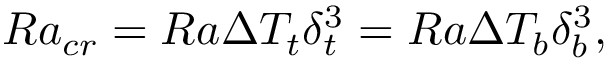
R a _ { c r } = R a \Delta T _ { t } \delta _ { t } ^ { 3 } = R a \Delta T _ { b } \delta _ { b } ^ { 3 } ,